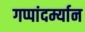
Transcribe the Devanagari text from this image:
गप्पांदर्म्यान